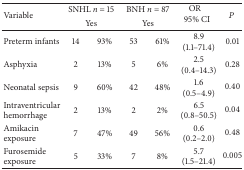
| <ROWSPAN=2> Variable | <COLSPAN=2> SNHL n = 15 | <COLSPAN=2> BNH n = 87 | <ROWSPAN=2> OR 95% CI | <ROWSPAN=2> P |
 | <COLSPAN=2> Yes | <COLSPAN=2> Yes |
 | --- | --- | --- | --- | --- | --- | --- |
 | Preterm infants | 14 | 93% | 53 | 61% | 8.9 (1.1–71.4) | 0.01 |
 | Asphyxia | 2 | 13% | 5 | 6% | 2.5 (0.4–14.3) | 0.28 |
 | Neonatal sepsis | 9 | 60% | 42 | 48% | 1.6 (0.5–4.9) | 0.40 |
 | Intraventricular hemorrhage | 2 | 13% | 2 | 2% | 6.5 (0.8–50.5) | 0.04 |
 | Amikacin exposure | 7 | 47% | 49 | 56% | 0.6 (0.2–2.0) | 0.48 |
 | Furosemide exposure | 5 | 33% | 7 | 8% | 5.7 (1.5–21.4) | 0.005 |